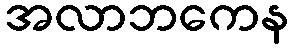
အလာဘကေန